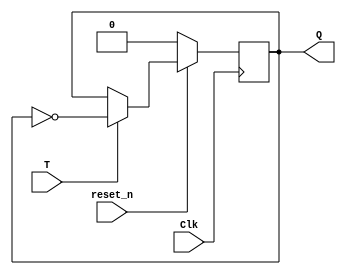
module T_ff_enable_behavior(input Clk, input reset_n, input T, output reg Q);
   always @(negedge Clk)
      if (!reset_n) 
         Q <= 1'b0;
      else if (T) 
        Q <= ~Q;
endmodule